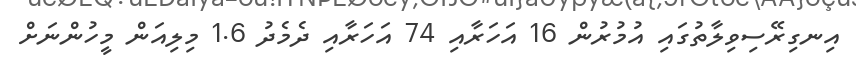
އިނގިރޭސިވިލާތުގައި އުމުރުން 16 އަހަރާއި 74 އަހަރާއި ދެމެދު 1.6 މިލިއަން މީހުންނަށް